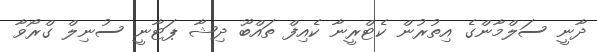
ދާނީ ސަލްމާންގެ އިތުރުން ކެޓްރީނާ ކެއިފް ތައްބޫ ދިޝާ ޕަޓާނީ ސުނިލް ގްރޯވާ